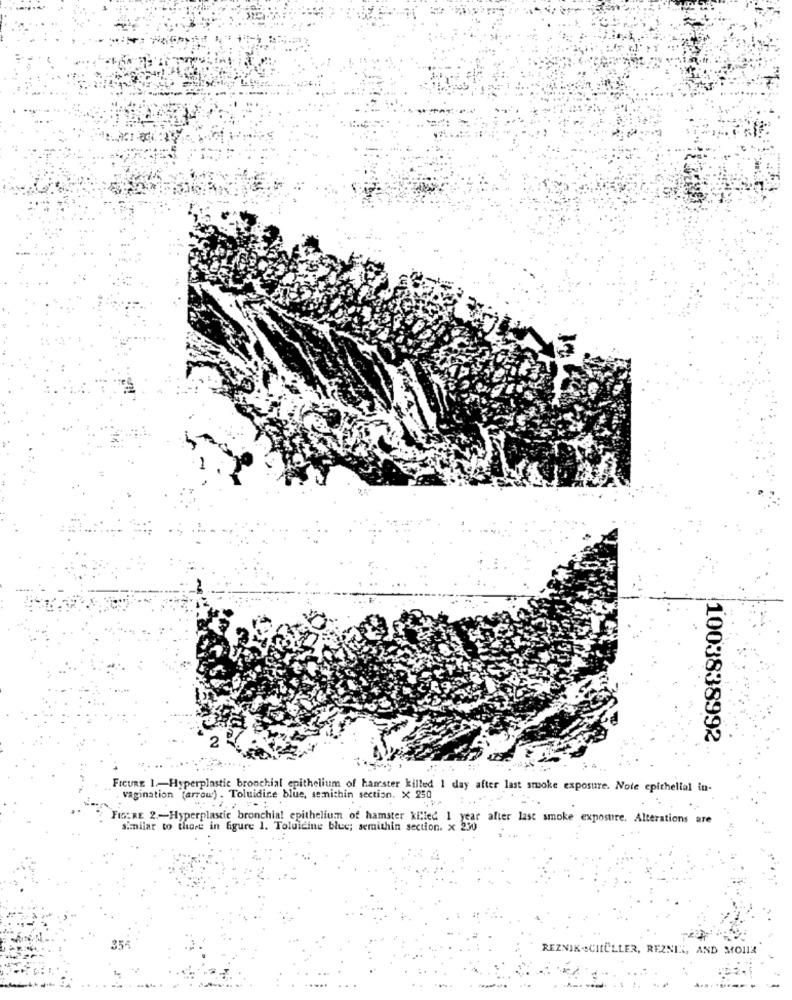
1003838992
FreuRE 1 .- Hyperplastic bronchial epithelium of hamster killed 1 day after last smoke exposure. Note epithelial in-
vagination (arrow) . Toluidire blue, senichin section. X 250
FIGURE 2 .- Hyperplastic bronchial epithelium of hamster killed 1 year after last smoke exposure. Alterations are
similar to those in figure 1. Toluicine blue; semithin section. x 2
35-
REZNIK SCHÜLLER, REZNIK, AND MO11Z